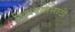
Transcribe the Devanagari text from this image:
चिरण्यासाठी